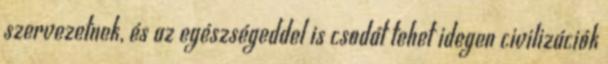
szervezetnek, és az egészségeddel is csodát tehet idegen civilizációk